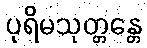
ပုရိမသုတ္တန္တေ